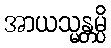
အာယသ္မန္တမ္ပိ